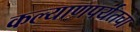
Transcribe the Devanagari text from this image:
कल्याणपर्यंतचा